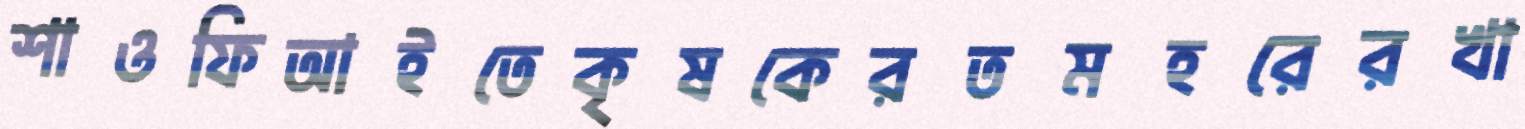
শাওফিআইতেকৃষকেরতমহরেরখা